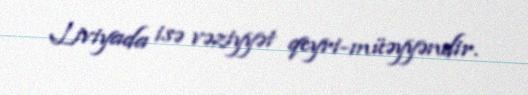
Liviyada isə vəziyyət qeyri-müəyyəndir.